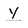
Character: y